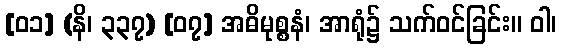
[၀၁] (နိ၊ ၃၃၇) [၀၇] အဓိမုစ္စနံ၊ အာရုံ၌ သက်ဝင်ခြင်း။ ဝါ၊